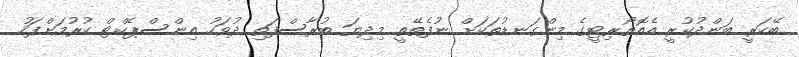
ބޭކަރީ ބަންދުކުރީ އެއޮތޯރިޓީގެ މިންގަނޑުތަކަށް ނުފެތޭތީ މިދިޔަ ބުރާސްފަތި ދުވަހު އިންސްޕެކްޓް ކުރުމަށްފަހު